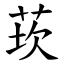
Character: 莰